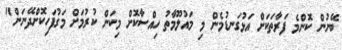
ބޭނުން ކޮންމެ ފަރާތަކަށް އަޅުގަނޑުމެން މި މައުލޫމާތު ހިއްސާކޮށް މިކަން ކުރުމަށް މަގުފަހިކޮށްދޭނަން"